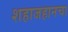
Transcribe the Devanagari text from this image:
शहाजहानचा